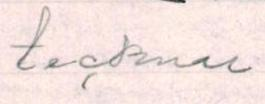
tecknar.